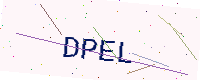
Text: DPEL